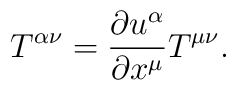
T^{\alpha \nu}= \frac{\partial u^{\alpha}}{\partial x^{\mu}} T^{\mu\nu}.